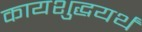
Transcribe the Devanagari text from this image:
कायशुद्धयर्थं